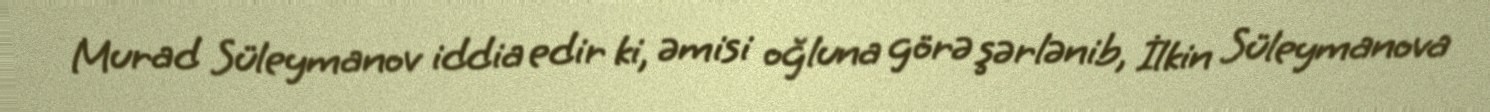
Murad Süleymanov iddia edir ki, əmisi oğluna görə şərlənib, İlkin Süleymanova